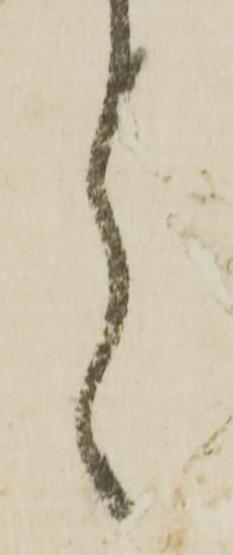
言